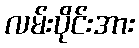
လမ်းပိုင်းအား